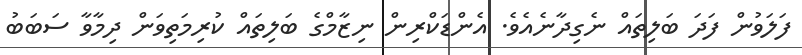
ފަލަވުން ފަދަ ބަލިތައް ނެގިދާނެއެވެ. އެންޑަކްރިން ނިޒާމްގެ ބަލިތައް ކުރިމަތިވަން ދިމާވާ ސަބަބު